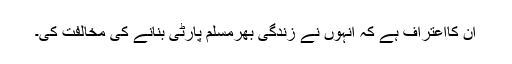
ان کااعتراف ہے کہ انہوں نے زندگی بھرمسلم پارٹی بنانے کی مخالفت کی۔